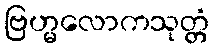
ဗြဟ္မလောကသုတ္တံ